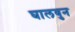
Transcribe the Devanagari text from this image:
घालवुन